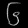
Digit: ၆